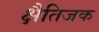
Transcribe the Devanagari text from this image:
क्षैतिजक